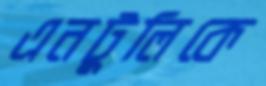
এনটুলিকে